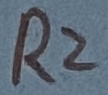
Text: R2